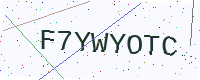
Text: F7YWYOTC